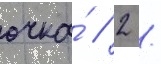
очка́ / 2 /